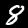
Digit: 8